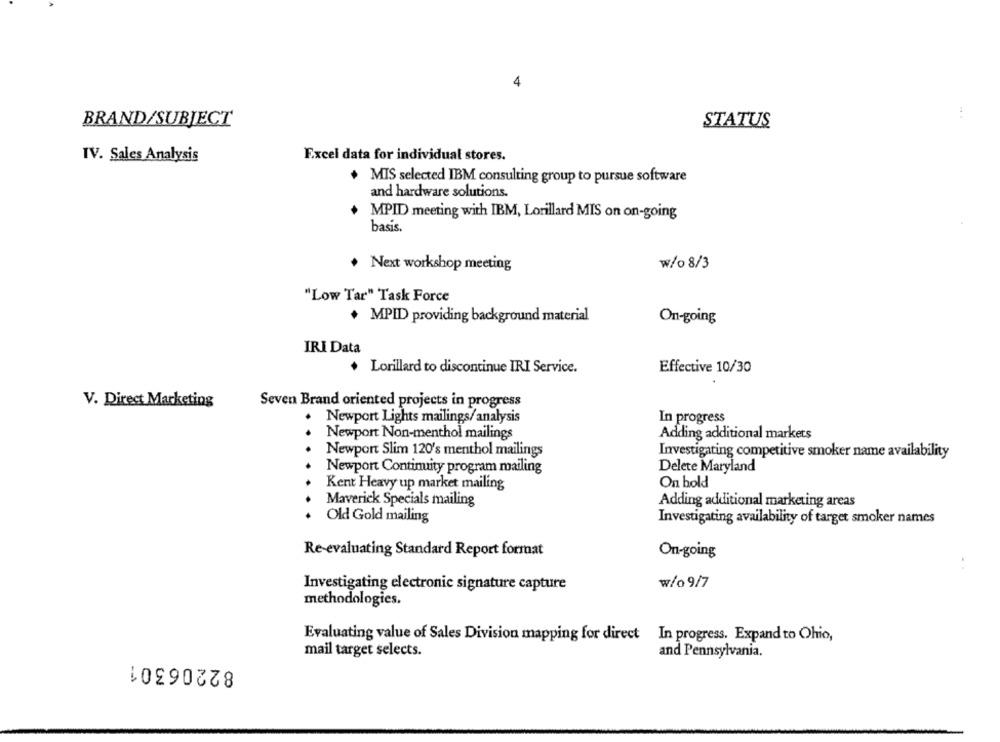
4
BRAND/SUBJECT
STATUS
IV. Sales Analysis
Excel data for individual stores.
MIS selected IBM consulting group to pursue software
and hardware solutions.
MPID meeting with IBM, Lorillard MIS on on-going
basis.
Next workshop meeting
w/o 8/3
"Low Tar" Task Force
+ MPID providing background material
On-going
IRI Data
+ Lorillard to discontinue IRI Service.
Effective 10/30
V. Direct Marketing
Seven Brand oriented projects in progress
· Newport Lights mailings/analysis
In progress
Newport Non-menthol mailings
Adding additional markets
Newport Slim 120's menthol mailings
Investigating competitive smoker name availability
Delete Maryland
Newport Continuity program mailing
On hold
Kent Heavy up market mailing
Maverick Specials mailing
Adding additional marketing areas
Old Gold mailing
Investigating availability of target smoker names
Re-evaluating Standard Report format
On-going
Investigating electronic signature capture
w/o9/7
methodologies.
Evaluating value of Sales Division mapping for direct In progress. Expand to Ohio,
mail target selects.
and Pennsylvania.
82206301